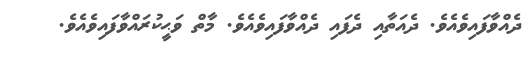
ދެއްވާފައިވެއެވެ. ދެއަތާއި ދެފައި ދެއްވާފައިވެއެވެ. މާތް ވަޙީކުރައްވާފައިވެއެވެ.